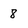
Character: 8